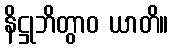
နိဋ္ဌုဘိတွာဝ ယာတိ။